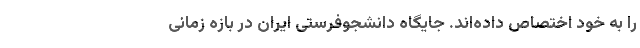
را به خود اختصاص داده‌اند. جایگاه دانشجوفرستی ایران در بازه زمانی